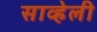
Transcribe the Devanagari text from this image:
साव्हेली